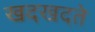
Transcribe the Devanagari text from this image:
खदखदते